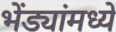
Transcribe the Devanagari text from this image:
भेंड्यांमध्ये